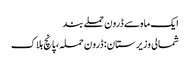
ایک ماہ سے ڈرون حملے بند
شمالی وزیرستان: ڈرون حملہ، پانچ ہلاک